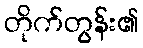
တိုက်တွန်း၏